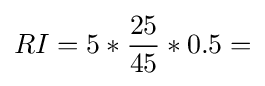
RI=5*{25 \over 45}*0.5=